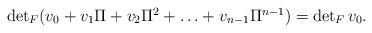
LaTeX: \begin{align*} \textstyle\det_F (v_0 + v_1\Pi + v_2\Pi^2 + \ldots + v_{n-1}\Pi^{n-1}) = \det_F v_0. \end{align*}